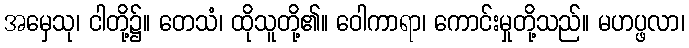
အမှေသု၊ ငါတို့၌။ တေသံ၊ ထိုသူတို့၏။ ဝေါကာရာ၊ ကောင်းမှုတို့သည်။ မဟပ္ဖလာ၊